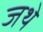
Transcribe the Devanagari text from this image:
जथे